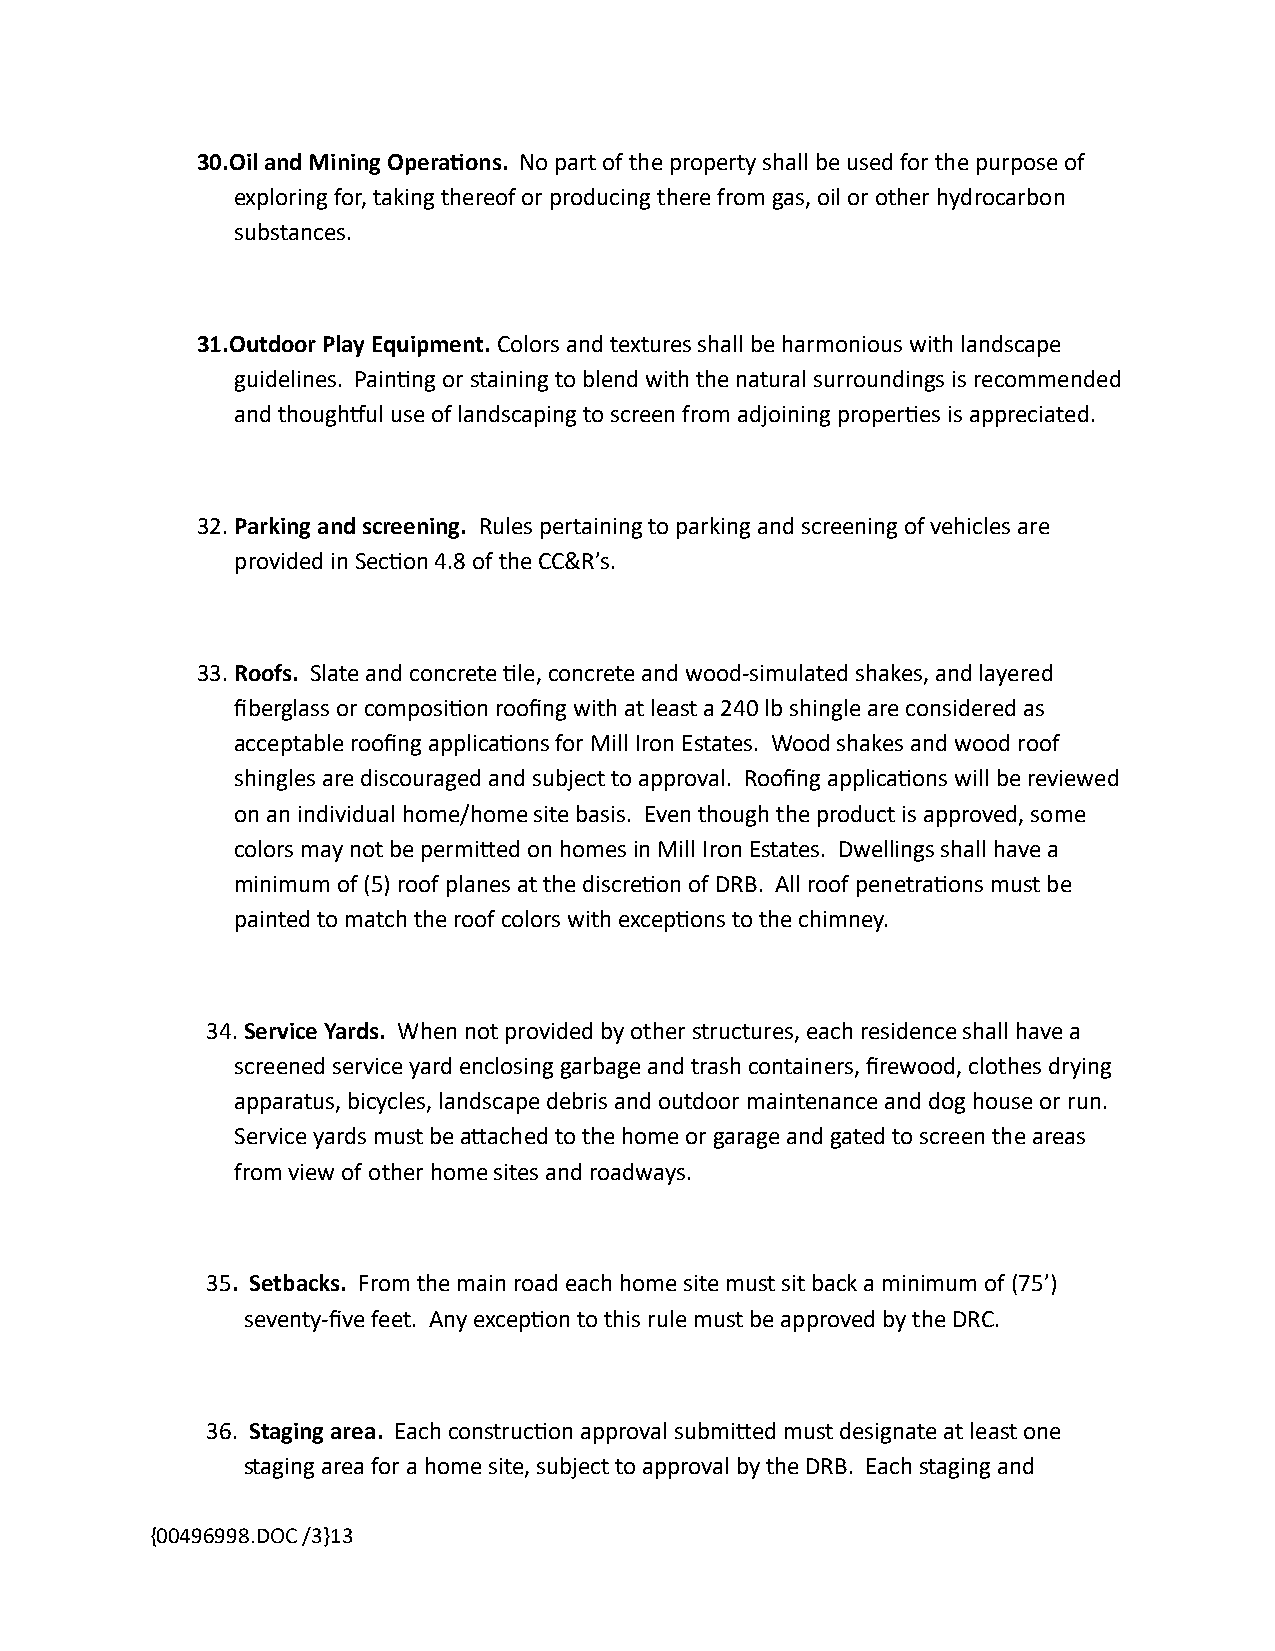
30.Oil and Mining OperaJons. No part of the property shall be used for the purpose of
 exploring for, taking thereof or producing there from gas, oil or other hydrocarbon
 substances.
 31.Outdoor Play Equipment. Colors and textures shall be harmonious with landscape
 guidelines. Pain@ng or staining to blend with the natural surroundings is recommended
 and thoughvul use of landscaping to screen from adjoining proper@es is appreciated.
 32. Parking and screening. Rules pertaining to parking and screening of vehicles are
 provided in Sec@on 4.8 of the CC&R’s.
 33. Roofs. Slate and concrete @le, concrete and wood-simulated shakes, and layered
 fiberglass or composi@on roofing with at least a 240 lb shingle are considered as
 acceptable roofing applica@ons for Mill Iron Estates. Wood shakes and wood roof
 shingles are discouraged and subject to approval. Roofing applica@ons will be reviewed
 on an individual home/home site basis. Even though the product is approved, some
 colors may not be permiTed on homes in Mill Iron Estates. Dwellings shall have a
 minimum of (5) roof planes at the discre@on of DRB. All roof penetra@ons must be
 painted to match the roof colors with excep@ons to the chimney.
 34. Service Yards. When not provided by other structures, each residence shall have a
 screened service yard enclosing garbage and trash containers, firewood, clothes drying
 apparatus, bicycles, landscape debris and outdoor maintenance and dog house or run.
 Service yards must be aTached to the home or garage and gated to screen the areas
 from view of other home sites and roadways.
 35. Setbacks. From the main road each home site must sit back a minimum of (75’)
 seventy-five feet. Any excep@on to this rule must be approved by the DRC.
 36. Staging area. Each construc@on approval submiTed must designate at least one
 staging area for a home site, subject to approval by the DRB. Each staging and
 {00496998.DOC /3}13